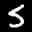
Label: 5